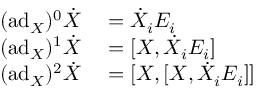
\begin{array} { r l } { ( \mathrm { a d } _ { X } ) ^ { 0 } \dot { X } } & { { } = \dot { X } _ { i } E _ { i } } \\ { ( \mathrm { a d } _ { X } ) ^ { 1 } \dot { X } } & { { } = [ X , \dot { X } _ { i } E _ { i } ] } \\ { ( \mathrm { a d } _ { X } ) ^ { 2 } \dot { X } } & { { } = [ X , [ X , \dot { X } _ { i } E _ { i } ] ] } \end{array}